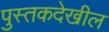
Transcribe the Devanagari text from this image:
पुस्तकदेखील